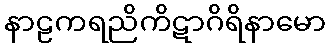
နာဠကရညိကိဋာဂိရိနာမော